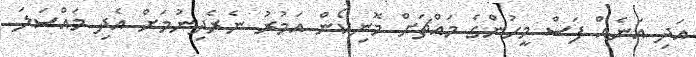
އަދި އަނެއް ފަސް މީހުންގެ މައްޗަށް މޮނިކޯން އަމުރު ނެރެދިނުމަށް އެދި މައްސަލަ